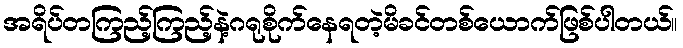
အရိပ်တကြည့်ကြည့်နဲ့ဂရုစိုက်နေရတဲ့မိခင်တစ်ယောက်ဖြစ်ပါတယ်။